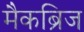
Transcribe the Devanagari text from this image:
मैकब्रिज